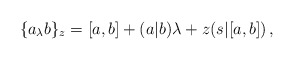
\begin{align*}\{a_{\lambda}b\}_z=[a,b]+(a| b)\lambda+z(s|[a,b])\,,\end{align*}